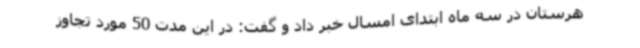
هرستان در سه ماه ابتدای امسال خبر داد و گفت: در این مدت 50 مورد تجاوز